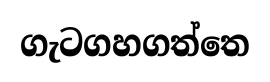
ගැටගහගත්තෙ